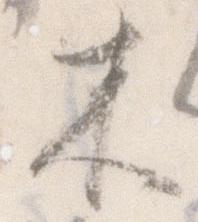
木